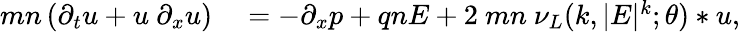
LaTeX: \begin{array}{rl}{mn\left(\partial_{t}u+u~\partial_{x}u\right)}&{{}=-\partial_{x}p+qnE+2~mn~\nu_{L}(k,|E|^{k};\theta)*u,}\end{array}